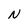
Character: N